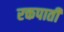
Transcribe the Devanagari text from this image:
रक्तपाती